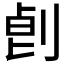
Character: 𠜷